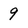
Character: 9